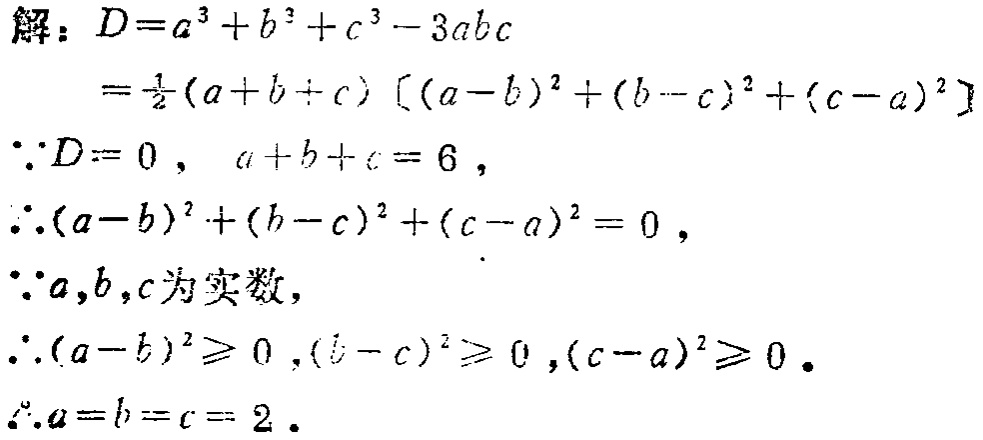
解：\(D = a^{3}+b^{3}+c^{3}-3abc\)

\(=\frac{1}{2}(a + b + c)[(a - b)^{2}+(b - c)^{2}+(c - a)^{2}]\)

\(\because D = 0\)，\(a + b + c = 6\)，

\(\therefore (a - b)^{2}+(b - c)^{2}+(c - a)^{2}=0\)，

\(\because a,b,c\)为实数，

\(\therefore (a - b)^{2}\geq0\)，\((b - c)^{2}\geq0\)，\((c - a)^{2}\geq0\)。

\(\therefore a = b = c = 2\)。